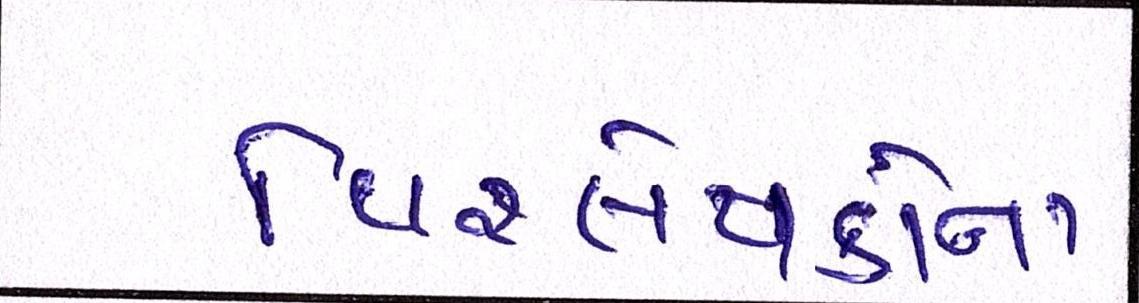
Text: વિશ્લેષકોના